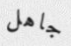
جاهل